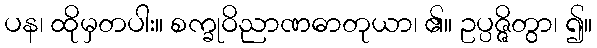
ပန၊ ထိုမှတပါး။ စက္ခုဝိညာဏဓာတုယာ၊ ၏။ ဥပ္ပဇ္ဇိတွာ၊ ၍။